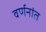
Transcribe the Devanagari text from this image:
वर्णनांत